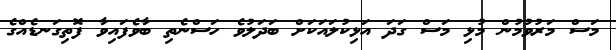
މަސް މަރުވުމުން މުޅި މަސް ގަދަ އަޅިކުލައަކަށް ބަދަލުވެ ހަސްނެތި ބާވެފައިވާ ފޮތިގަނޑެއްގެ